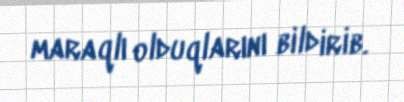
maraqlı olduqlarını bildirib.